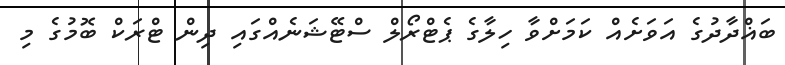
ބަޣްދާދުގެ އަވަށެއް ކަމަށްވާ ހިލާގެ ޕެޓްރޯލް ސްޓޭޝަނެއްގައި ދިން ޓްރަކް ބޮމުގެ މި